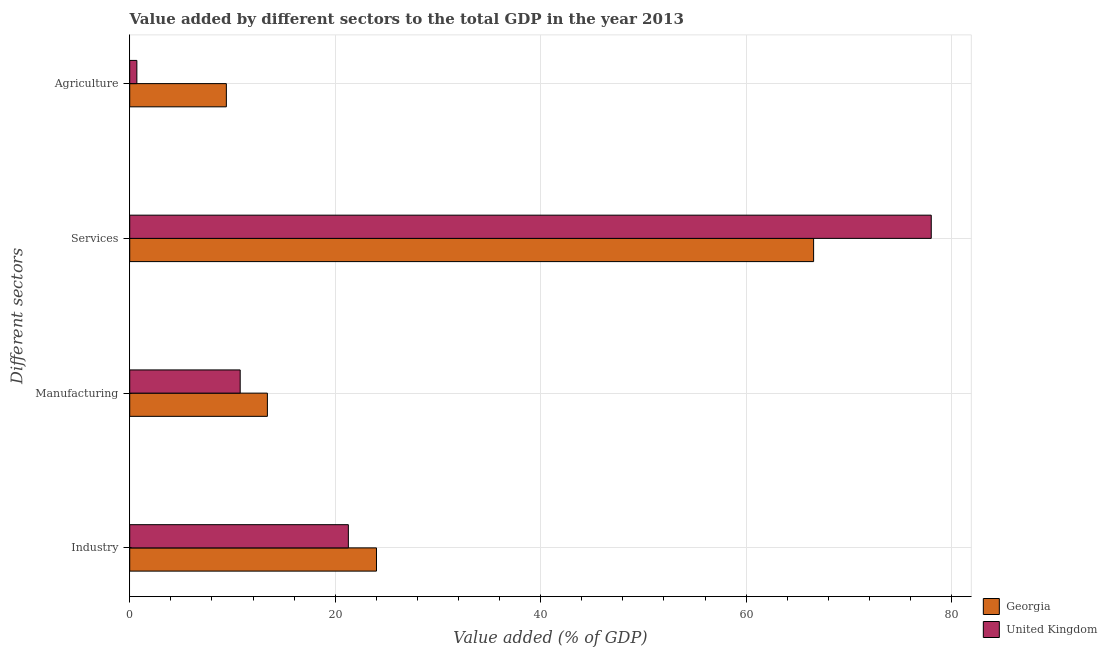
| Different sectors | Georgia | United Kingdom |
 | --- | --- | --- |
 | Industry | 24 | 21.3 |
 | Manufacturing | 13.4 | 10.8 |
 | Services | 66.6 | 78 |
 | Agriculture | 9.41 | 0.694 |